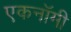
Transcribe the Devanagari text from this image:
एकनॉमी